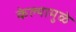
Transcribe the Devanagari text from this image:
केल्‍यामुळे